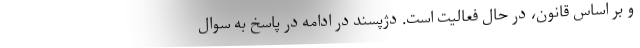
و بر اساس قانون، در حال فعالیت است. دژپسند در ادامه در پاسخ به سوال